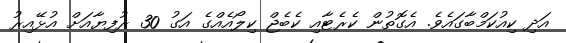
އަދި ކިއުކަމްބާގައެވެ. އެގޮތުން ކެރެޓާއި ކެބެޖް ކިލޯއެއްގެ އަގު 30 ރުފިޔާއަށް އުޅޭއިރު